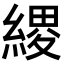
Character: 𦃩